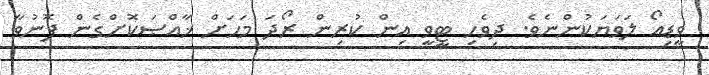
ވީޑިއޯ ލަވަޔަކުންނެވެ. ދިވެހި ޓީވީ އިން ކުރިން ރޯދަ މަހަށް ޚާއްޞަކޮށްގެން ފޮނުވާ